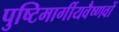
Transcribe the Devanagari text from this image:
पुष्टिमार्गीयवैष्णवों